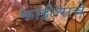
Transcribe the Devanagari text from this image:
फाईल्सचे